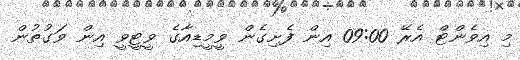
މި އިވެންޓް އެރޭ 09:00 އިން ފެށިގެން ވީމީޑިއާގެ ވީޓީވީ އިން ވަގުތުން